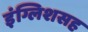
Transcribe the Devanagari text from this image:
इंग्लिशसह